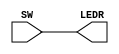
module part1 (SW, LEDR);
	input [9:0] SW;
	output [9:0] LEDR;
	
	assign LEDR[0] = SW[0];
	assign LEDR[1] = SW[1];
	assign LEDR[2] = SW[2];
	assign LEDR[3] = SW[3];
	assign LEDR[4] = SW[4];
	assign LEDR[5] = SW[5];
	assign LEDR[6] = SW[6];
	assign LEDR[7] = SW[7];
	assign LEDR[8] = SW[8];
	assign LEDR[9] = SW[9];
endmodule